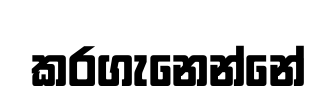
කරගැනෙන්නේ